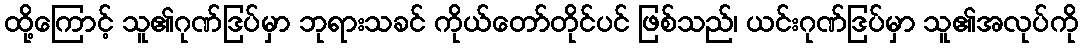
ထို့ကြောင့် သူ၏ဂုဏ်ဒြပ်မှာ ဘုရားသခင် ကိုယ်တော်တိုင်ပင် ဖြစ်သည်၊ ယင်းဂုဏ်ဒြပ်မှာ သူ၏အလုပ်ကို